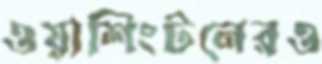
ওয়াশিংটনেরও